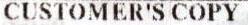
CUSTOMER'S COPY